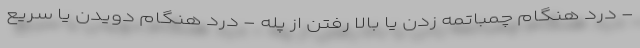
- درد هنگام چمباتمه زدن یا بالا رفتن از پله - درد هنگام دویدن یا سریع